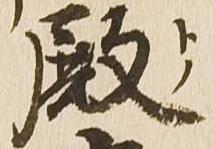
殿